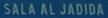
SALA-AL-JADIDA